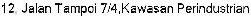
12, JALAN TAMPOI 7/4,KAWASAN PERINDUSTRIAN